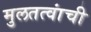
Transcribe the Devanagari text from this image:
मुलतत्वांची